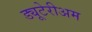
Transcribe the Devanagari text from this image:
ड्यूटेरीअम